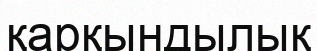
қарқындылық